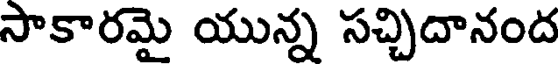
సాకారమై యున్న సచ్చిదానంద